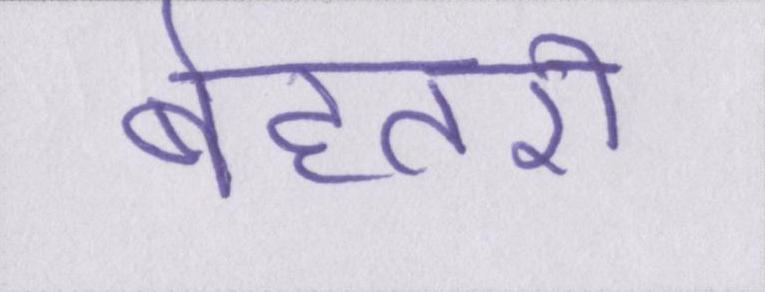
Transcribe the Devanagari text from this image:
बेहतरी